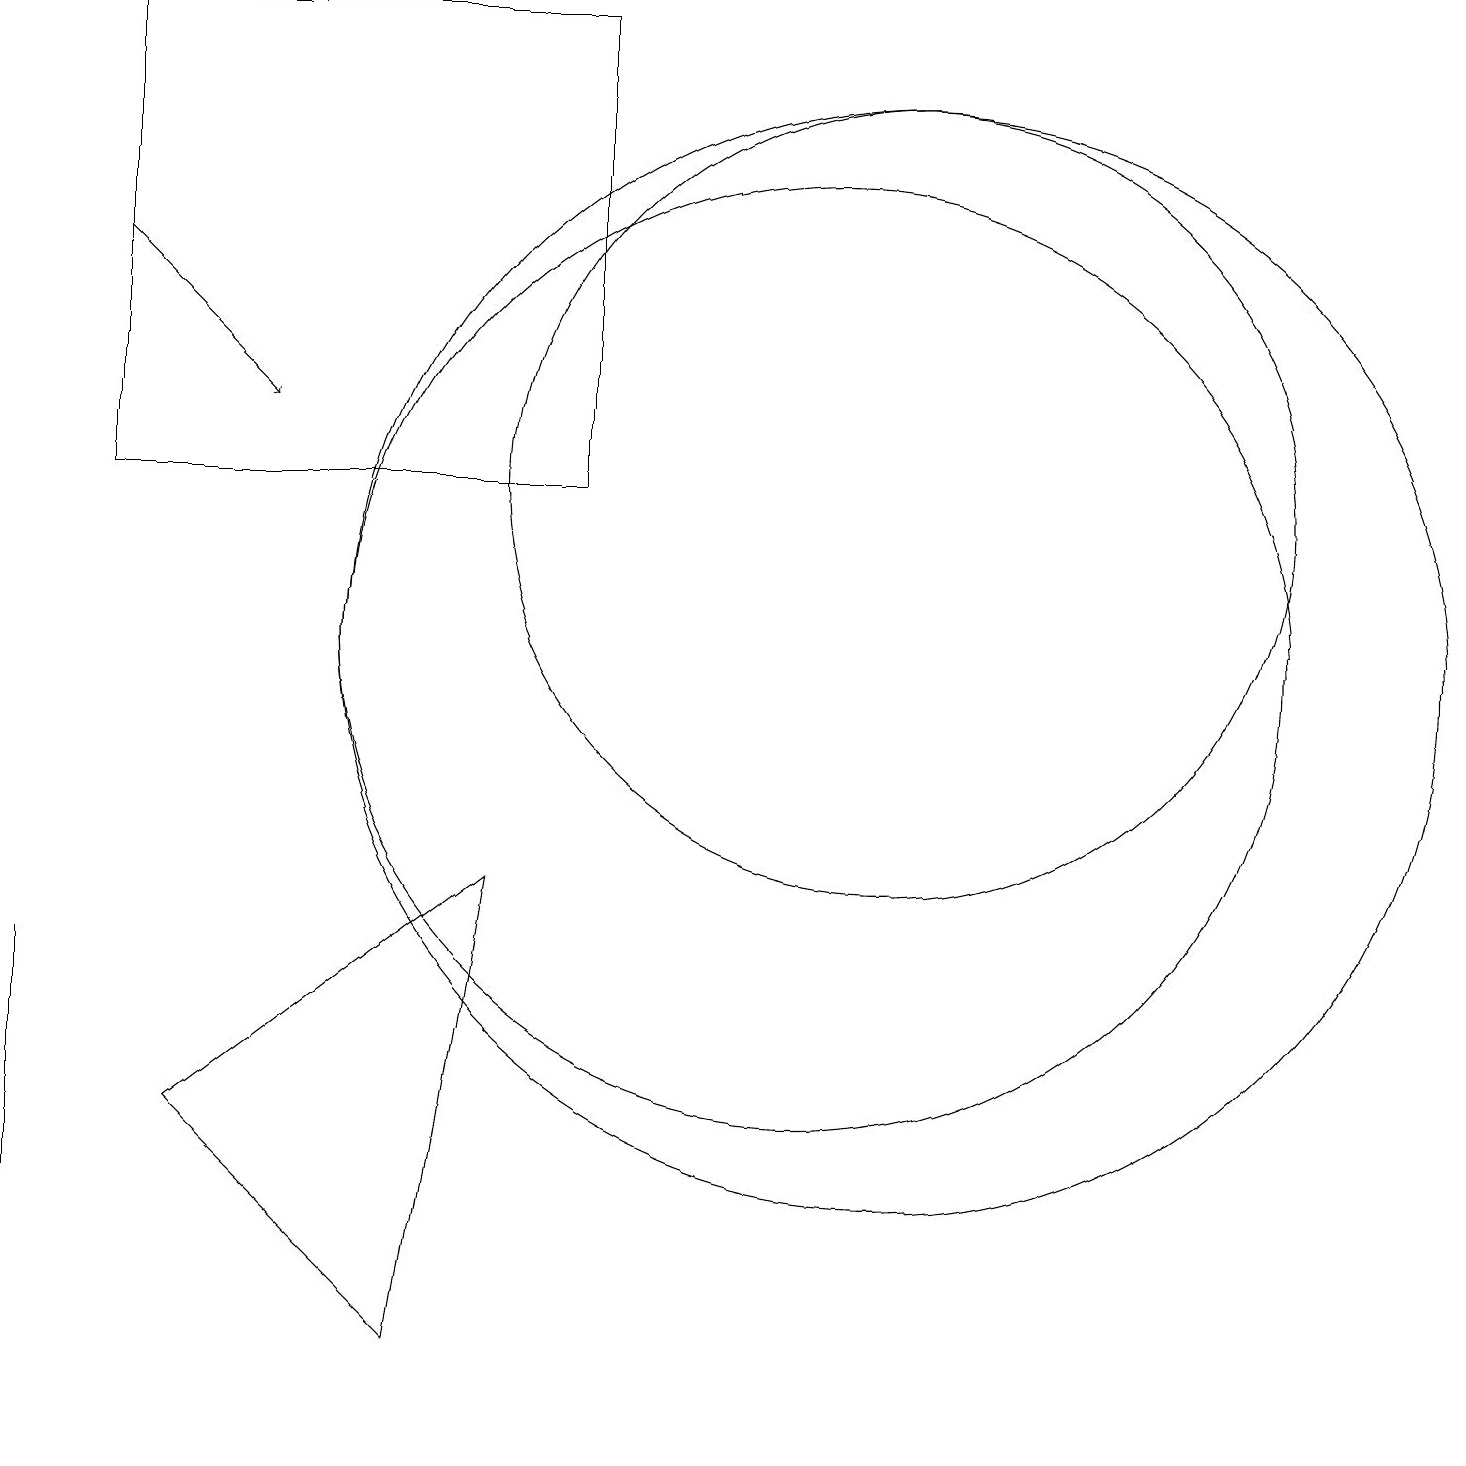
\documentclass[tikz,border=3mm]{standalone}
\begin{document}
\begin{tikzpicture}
\draw (11,10) circle (7);
\draw (7,18) rectangle (1,12);
\draw (10,10) circle (6);
\draw (2,4) -- (6,7) -- (5,1) -- cycle;
\draw (0,2) -- (0,0) -- (0,6) -- cycle;
\draw[->] (1,15) -- (3,13);
\draw (11,12) circle (5);
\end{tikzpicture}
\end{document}